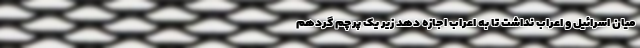
میان اسرائیل و اعراب نداشت تا به اعراب اجازه دهد زیر یک پرچم گردهم